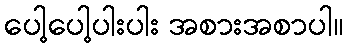
ပေါ့ပေါ့ပါးပါး အစားအစာပါ။